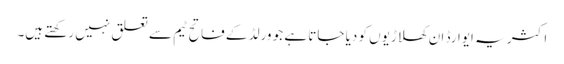
اکثر یہ ایوارڈ ان کھلاڑیوں کو دیا جاتا ہے جو ورلڈ کے فاتح ٹیم سے تعلق نہیں رکھتے ہیں۔